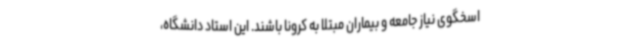
اسخگوی نیاز جامعه و بیماران مبتلا به کرونا باشند. این استاد دانشگاه،